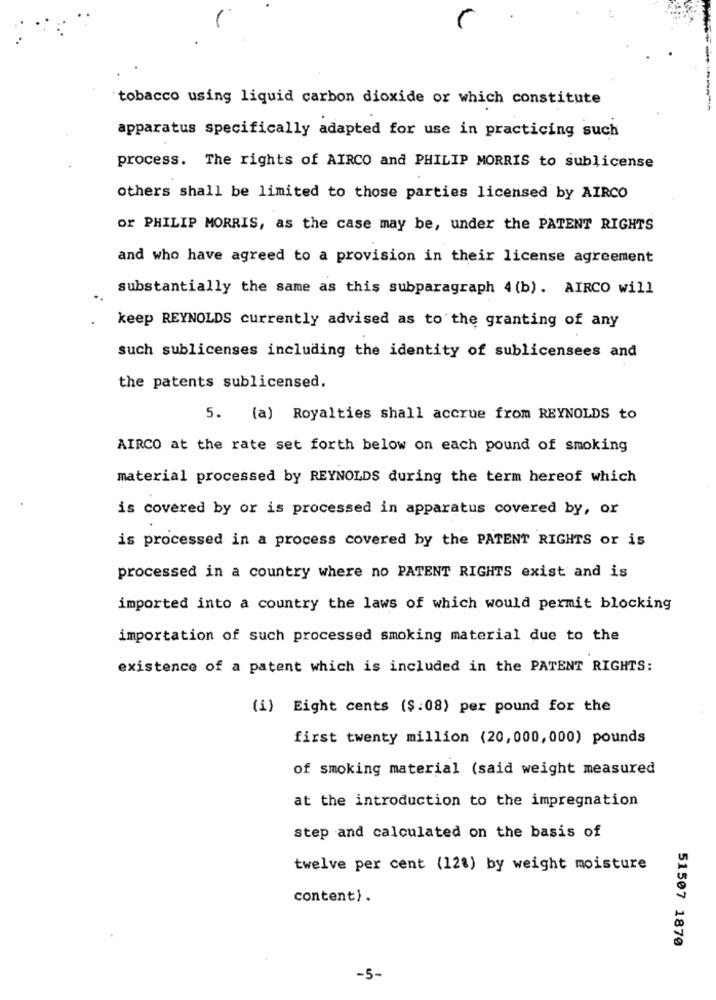
tobacco using liquid carbon dioxide or which constitute
apparatus specifically adapted for use in practicing such
process. The rights of AIRCO and PHILIP MORRIS to sublicense
others shall be limited to those parties licensed by AIRCO
or PHILIP MORRIS, as the case may be, under the PATENT RIGHTS
and who have agreed to a provision in their license agreement
substantially the same as this subparagraph 4 (b). AIRCO will
keep REYNOLDS currently advised as to the granting of any
such sublicenses including the identity of sublicensees and
the patents sublicensed.
5. (a) Royalties shall accrue from REYNOLDS to
AIRCO at the rate set forth below on each pound of smoking
material processed by REYNOLDS during the term hereof which
is covered by or is processed in apparatus covered by, or
is processed in a process covered by the PATENT RIGHTS or is
processed in a country where no PATENT RIGHTS exist and is
imported into a country the laws of which would permit blocking
importation of such processed smoking material due to the
existence of a patent which is included in the PATENT RIGHTS:
(i) Eight cents ($:08) per pound for the
first twenty million (20, 000, 000) pounds
of smoking material (said weight measured
at the introduction to the impregnation
step and calculated on the basis of
twelve per cent (12%) by weight moisture
content).
51507 1870
-5-